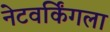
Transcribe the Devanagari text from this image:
नेटवर्किंगला